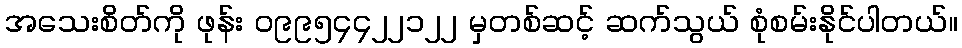
အသေးစိတ်ကို ဖုန်း ၀၉၉၅၄၄၂၂၁၂၂ မှတစ်ဆင့် ဆက်သွယ် စုံစမ်းနိုင်ပါတယ်။